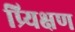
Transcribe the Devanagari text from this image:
प्र्यिक्षण